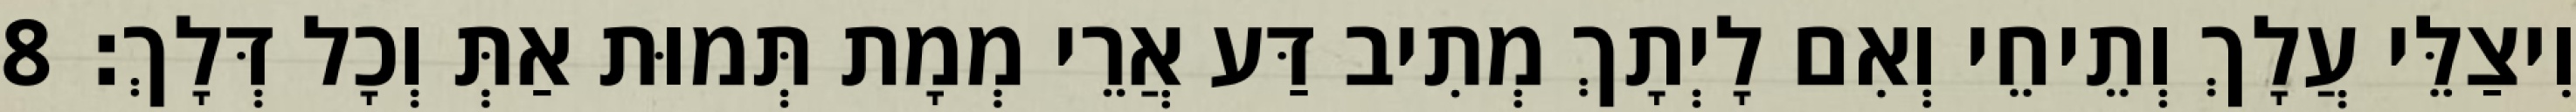
וִיצַלֵּי עֲלָךְ וְתֵיחֵי וְאִם לָיְתָךְ מְתִיב דַּע אֲרֵי מְמָת תְּמוּת אַתְּ וְכָל דְּלָךְ׃ 8